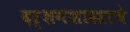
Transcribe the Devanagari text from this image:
दर्शनशास्त्राचे